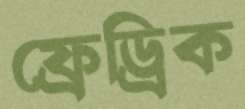
ফ্রেড্রিক